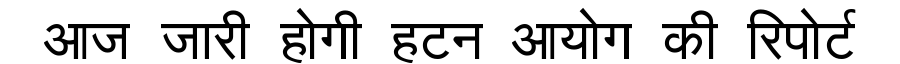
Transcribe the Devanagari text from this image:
आज जारी होगी हटन आयोग की रिपोर्ट